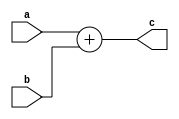
`timescale 1ns / 1ps
//////////////////////////////////////////////////////////////////////////////////
// Company: 
// Engineer: 
// 
// Design Name: 
// Module Name: selector41
// Project Name: 
// Target Devices: 
// Tool Versions: 
// Description: 
// 
// Dependencies: 
// 
// Revision:
// Revision 0.01 - File Created
// Additional Comments:
// 
//////////////////////////////////////////////////////////////////////////////////

module ADD(
    input [31:0]a,
    input [31:0]b,
    output wire [31:0]c
);    
    assign c=a+b;
    
endmodule